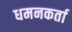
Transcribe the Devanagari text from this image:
धमनकर्ता